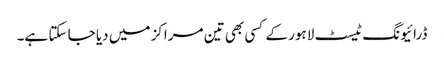
ڈرائیونگ ٹیسٹ لاہور کے کسی بھی تین مراکز میں دیا جا سکتا ہے۔